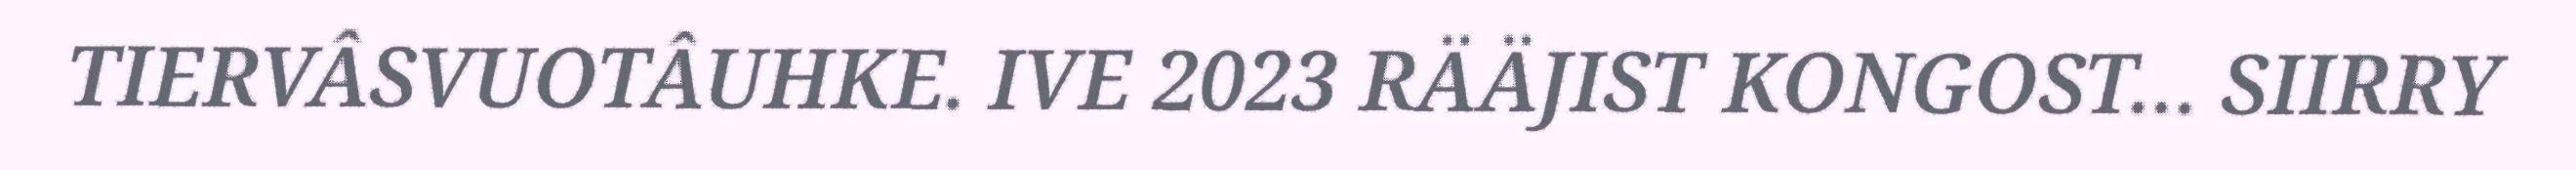
TIERVÂSVUOTÂUHKE. IVE 2023 RÄÄJIST KONGOST... SIIRRY